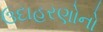
ઉદાહરણોનો